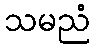
သမညံ